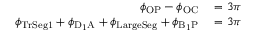
\begin{array} { r l } { \phi _ { \mathrm { O P } } - \phi _ { \mathrm { O C } } } & { { } = 3 \pi } \\ { \phi _ { \mathrm { T r S e g 1 } } + \phi _ { \mathrm { D _ { 1 } A } } + \phi _ { \mathrm { L a r g e S e g } } + \phi _ { \mathrm { B _ { 1 } P } } } & { { } = 3 \pi } \end{array}